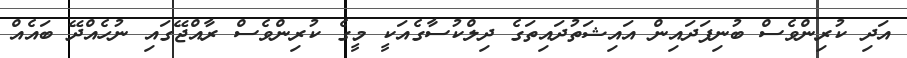
އަދި ކުރިންވެސް ބުނިފަދައިން އައިޝަތުދައިތަގެ ދިލްކުސާގެއަކީ މީގެ ކުރިންވެސް ރާއްޖޭގައި ނުހެއްދޭ ބައެއް